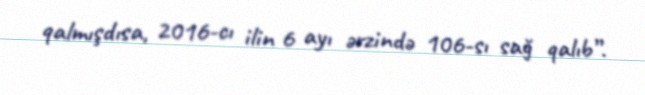
qalmışdısa, 2016-cı ilin 6 ayı ərzində 106-sı sağ qalıb”.